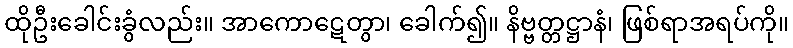
ထိုဦးခေါင်းခွံလည်း။ အာကောဋေတွာ၊ ခေါက်၍။ နိဗ္ဗတ္တဋ္ဌာနံ၊ ဖြစ်ရာအရပ်ကို။